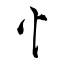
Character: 忄